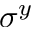
\sigma ^ { y }